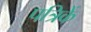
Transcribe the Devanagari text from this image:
पत्रिकें